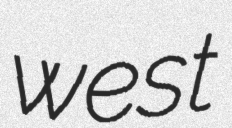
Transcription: west